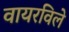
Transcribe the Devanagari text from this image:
वायरविले